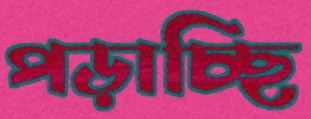
পড়াচ্ছি